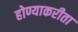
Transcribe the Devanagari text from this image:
होण्याकरीता